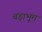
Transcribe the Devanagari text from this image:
बड़ाभूम